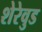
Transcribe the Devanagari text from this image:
शेरेवुड